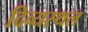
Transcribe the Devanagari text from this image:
दिव्यस्थल